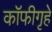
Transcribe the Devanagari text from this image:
कॉफीगृहे